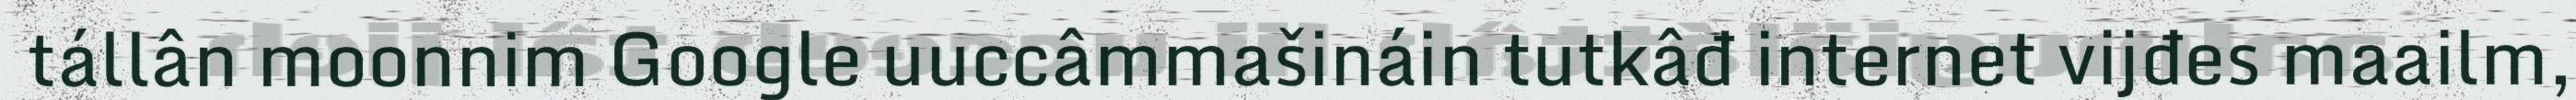
tállân moonnim Google uuccâmmašináin tutkâđ internet vijđes maailm,